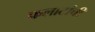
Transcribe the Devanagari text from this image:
फलाटांची